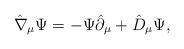
LaTeX: \begin{align*}\hat{\nabla}_{\mu}\Psi=-\Psi\hat{\partial}_{\mu}+\hat{D}_{\mu}\Psi,\end{align*}